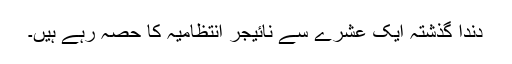
دندا گذشتہ ایک عشرے سے نائیجر انتظامیہ کا حصہ رہے ہیں۔